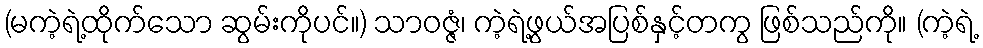
(မကဲ့ရဲ့ထိုက်သော ဆွမ်းကိုပင်။) သာဝဇ္ဇံ၊ ကဲ့ရဲ့ဖွယ်အပြစ်နှင့်တကွ ဖြစ်သည်ကို။ (ကဲ့ရဲ့